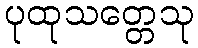
ပုထုသတ္တေသု